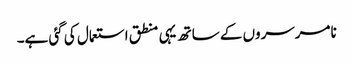
نامرسروں کے ساتھ یہی منطق استعمال کی گئی ہے۔